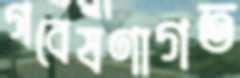
গবেষণাগত